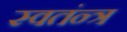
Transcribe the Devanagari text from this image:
स्वतंन्त्र